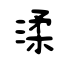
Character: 渘